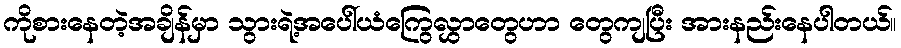
ကိုစားနေတဲ့အချိန်မှာ သွားရဲ့အပေါ်ယံကြွေလွှာတွေဟာ တွေကျပြီး အားနည်းနေပါတယ်။